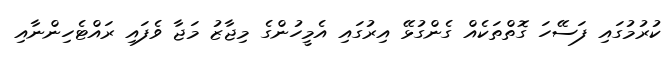
ކުރުމުގައި ފަސޭހަ ގޮތްތަކެއް ގެންގުޅޭ އިރުގައި އެމީހުންގެ މިޖާޒު މަޖާ ވެފައި ރައްޓެހިންނާއި